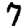
Digit: 7